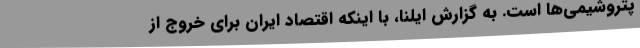
پتروشیمی‌ها است. به گزارش ایلنا، با اینکه اقتصاد ایران برای خروج از